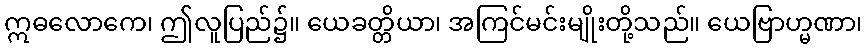
ဣဓလောကေ၊ ဤလူပြည်၌။ ယေခတ္တိယာ၊ အကြင်မင်းမျိုးတို့သည်။ ယေဗြာဟ္မဏာ၊